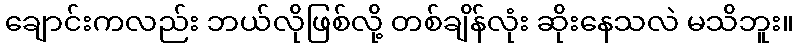
ချောင်းကလည်း ဘယ်လိုဖြစ်လို့ တစ်ချိန်လုံး ဆိုးနေသလဲ မသိဘူး။